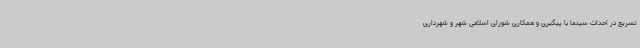
تسریع در احداث سینما با پیگیری و همکاری شورای اسلامی شهر و شهرداری